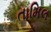
તામિલ